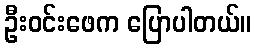
ဦးဝင်းဖေက ပြောပါတယ်။